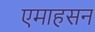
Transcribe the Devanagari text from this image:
एमाहसन